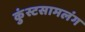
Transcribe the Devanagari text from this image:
कुंस्टसामलंग